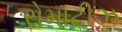
રોમાટીઝ